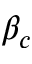
\beta _ { c }